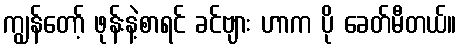
ကျွန်တော့် ဖုန်းနဲ့စာရင် ခင်ဗျား ဟာက ပို ခေတ်မီတယ်။